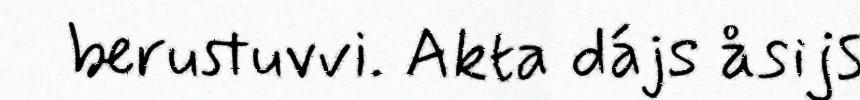
berustuvvi. Akta dájs åsijs